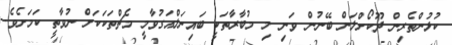
ކުޅުންތެރިން ދޫކޯށްލަން ބޭނުން ވަނި މި މުބާރާތަކީ ބައިނަލްއަގުވާމީ މެޗްތަކަކަށް ނުވާތީ ކަމަށެވެ.